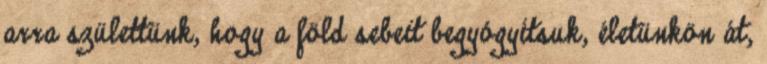
arra születtünk, hogy a föld sebeit begyógyítsuk, életünkön át,